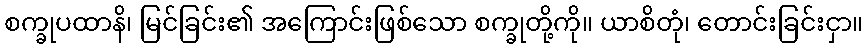
စက္ခုပထာနိ၊ မြင်ခြင်း၏ အကြောင်းဖြစ်သော စက္ခုတို့ကို။ ယာစိတုံ၊ တောင်းခြင်းငှာ။